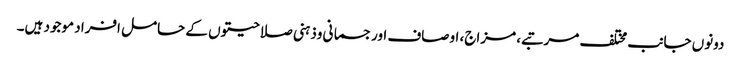
دونوں جانب مختلف مرتبے، مزاج، اوصاف اورجسمانی وذہنی صلاحیتوں کے حامل افراد موجود ہیں۔